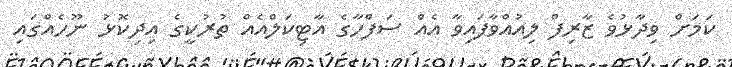
ކަމަށް ވިދާޅުވެ ޒާރިފް ލިއުއްވާފައިވާ އެއް ސަފްހާގެ އާޓިކަލްއެއް ތުރުކީގެ އިދިކޮޅު ނޫހެއްގައި